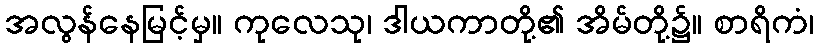
အလွန်နေမြင့်မှ။ ကုလေသု၊ ဒါယကာတို့၏ အိမ်တို့၌။ စာရိကံ၊